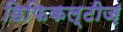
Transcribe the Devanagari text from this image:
डिफिकल्टीज़